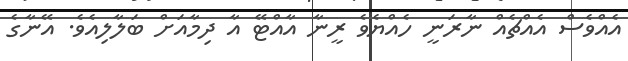
އެއްވެސް އެއްޗެއް ނާރަނީ ހެއްޔެވެ ރީނާ އާއްޓޭ އާ ދިމާއަށް ބަލާލިއެވެ. އޭނާގެ